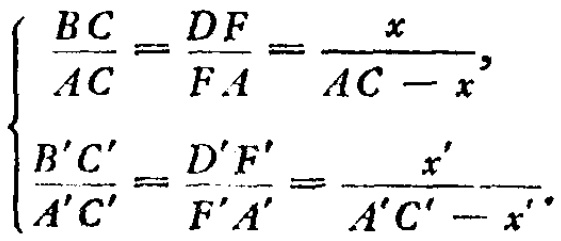
\[

\begin{cases}

\frac{BC}{AC}=\frac{DF}{FA}=\frac{x}{AC - x},\\

\frac{B'C'}{A'C'}=\frac{D'F'}{F'A'}=\frac{x'}{A'C' - x'}.

\end{cases}

\]